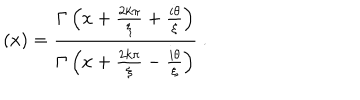
\left( x \right) = \frac { \Gamma \left( x + \frac { 2 k \pi } { \xi } + \frac { i \theta } { \xi } \right) } { \Gamma \left( x + \frac { 2 k \pi } { \xi } - \frac { i \theta } { \xi } \right) } \ .